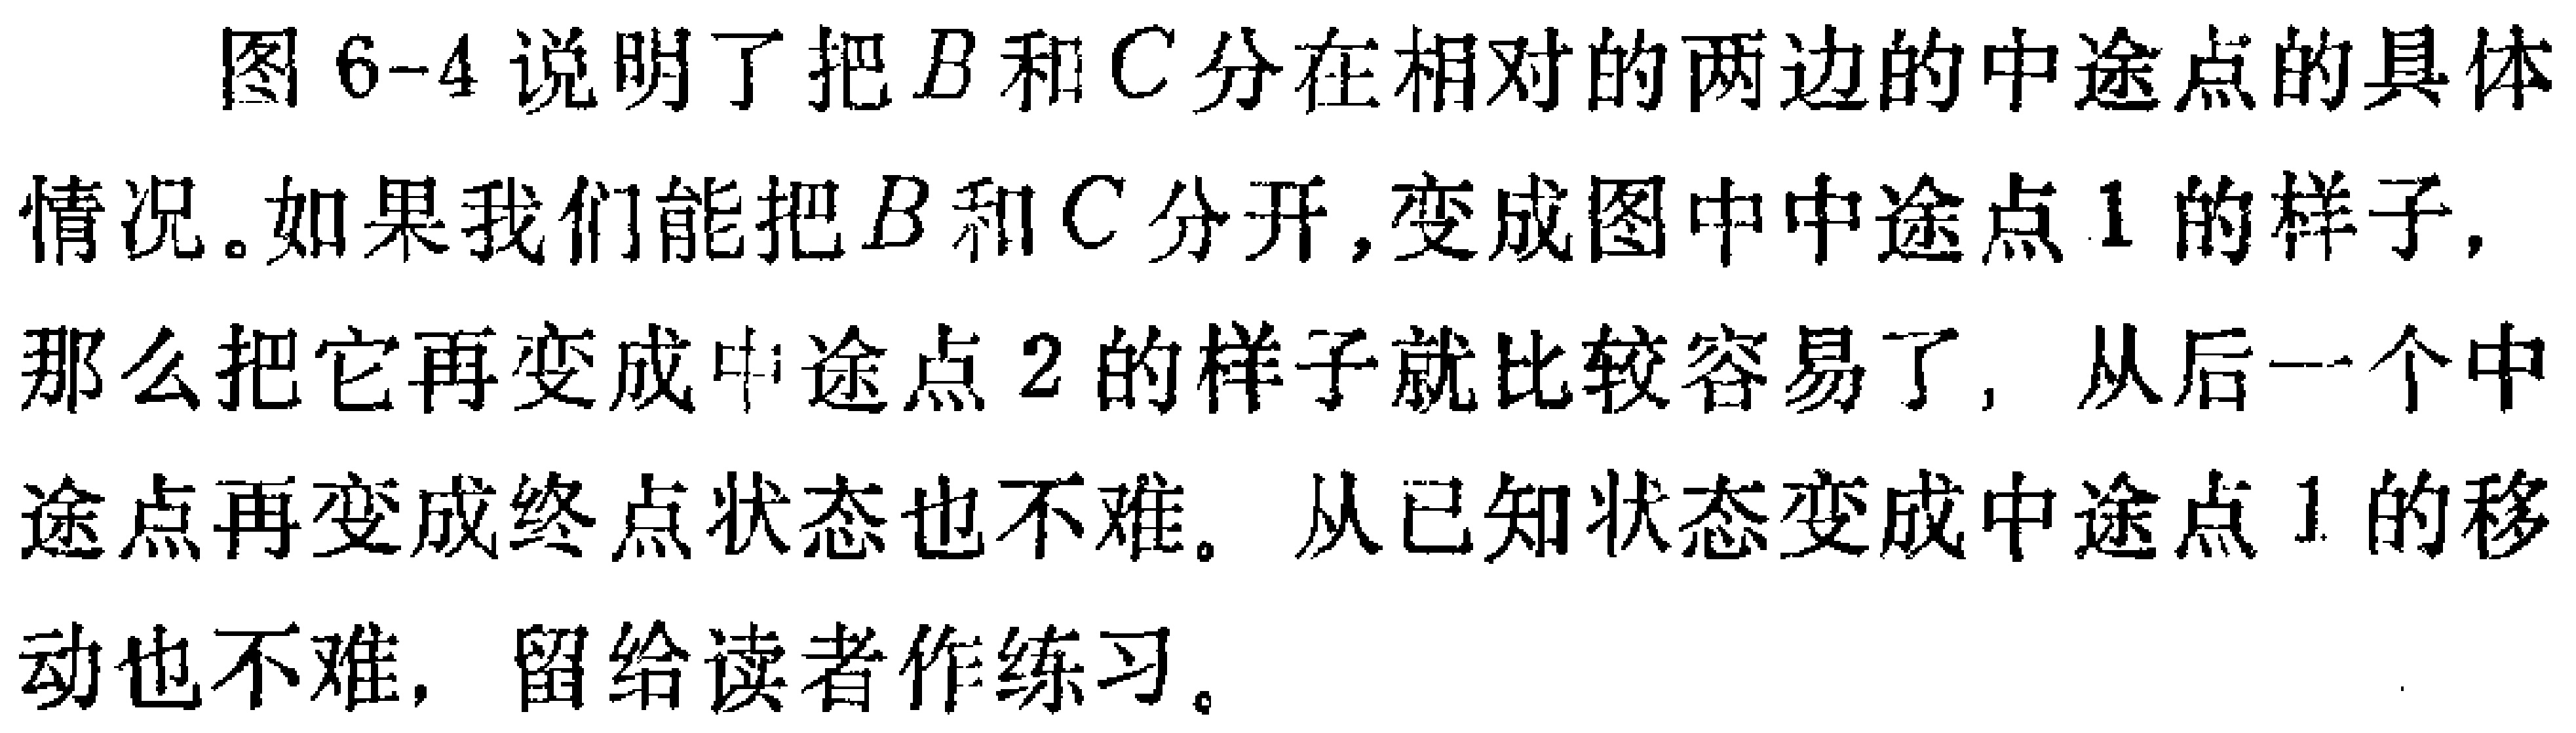
图6-4说明了把\(B\)和\(C\)分在相对的两边的中途点的具体情况。如果我们能把\(B\)和\(C\)分开，变成图中中途点1的样子，那么把它再变成中途点2的样子就比较容易了，从后一个中途点再变成终点状态也不难。从已知状态变成中途点1的移动也不难，留给读者作练习。